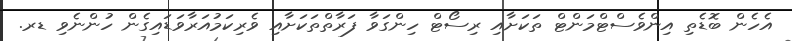
އެހެން ބޮޑެތި އިންވެސްޓްމަންޓް ތަކަށާއި ރިސޯޓް ހިންގަވާ ފަރާތްތަކަށާއި ވެރިކަމުއަރާވަޑައިގެން ހުންނެވި ޑރ.